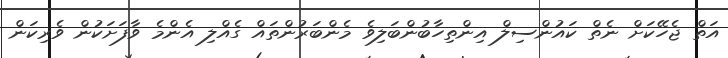
އަތް ޖެހޭކަށް ނެތް ކައުންސިލް އިންތިހާބުންބަލިވެ މެންބަރުންތައް ގެއްލި އެންމެ ވާފަށަކުން ވެރިކަން